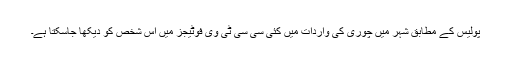
پولیس کے مطابق شہر میں چوری کی واردات میں کئی سی سی ٹی وی فوٹیجز میں اس شخص کو دیکھا جاسکتا ہے۔